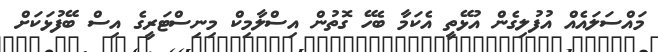
މައްސަލައެއް އުފުލިގެން އުޅޭތީ އެކަމާ ބެހޭ ގޮތުން އިސްލާމިކް މިނިސްޓަރީގެ އިސް ބޭފުޅަކަށް